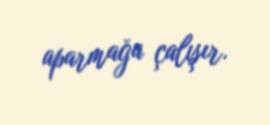
aparmağa çalışır.